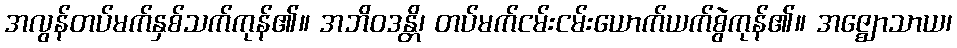
အလွန်တပ်မက်နှစ်သက်ကုန်၏။ အဘိဝဒန္တိ၊ တပ်မက်ငမ်းငမ်းယောက်ယက်စွဲကုန်၏။ အဇ္ဈောသာယ၊